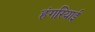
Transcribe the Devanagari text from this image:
हंगरियाई